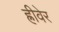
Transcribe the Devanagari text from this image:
ह्रीवेर